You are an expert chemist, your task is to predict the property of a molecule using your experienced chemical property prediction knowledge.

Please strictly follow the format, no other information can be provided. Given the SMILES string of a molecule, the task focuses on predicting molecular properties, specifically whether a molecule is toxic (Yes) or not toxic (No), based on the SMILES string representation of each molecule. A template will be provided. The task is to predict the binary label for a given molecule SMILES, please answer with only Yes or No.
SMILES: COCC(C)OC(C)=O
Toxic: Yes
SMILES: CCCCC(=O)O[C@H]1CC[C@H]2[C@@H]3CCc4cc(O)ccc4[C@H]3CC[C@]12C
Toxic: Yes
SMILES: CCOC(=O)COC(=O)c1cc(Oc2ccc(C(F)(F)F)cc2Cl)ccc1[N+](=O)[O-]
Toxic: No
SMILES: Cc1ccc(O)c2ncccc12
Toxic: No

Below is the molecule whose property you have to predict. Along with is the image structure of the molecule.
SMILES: CC(=O)Nc1ccc(OCCOCCOc2ccc(NC(C)=O)cc2)cc1
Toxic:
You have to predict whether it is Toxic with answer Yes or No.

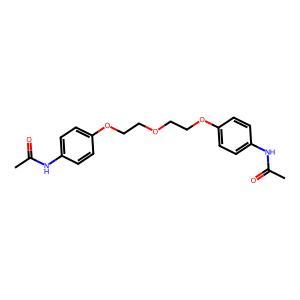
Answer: No